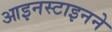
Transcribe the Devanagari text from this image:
आइनस्टाइनने